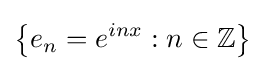
\left\{e_{n}=e^{inx}:n\in \mathbb {Z} \right\}